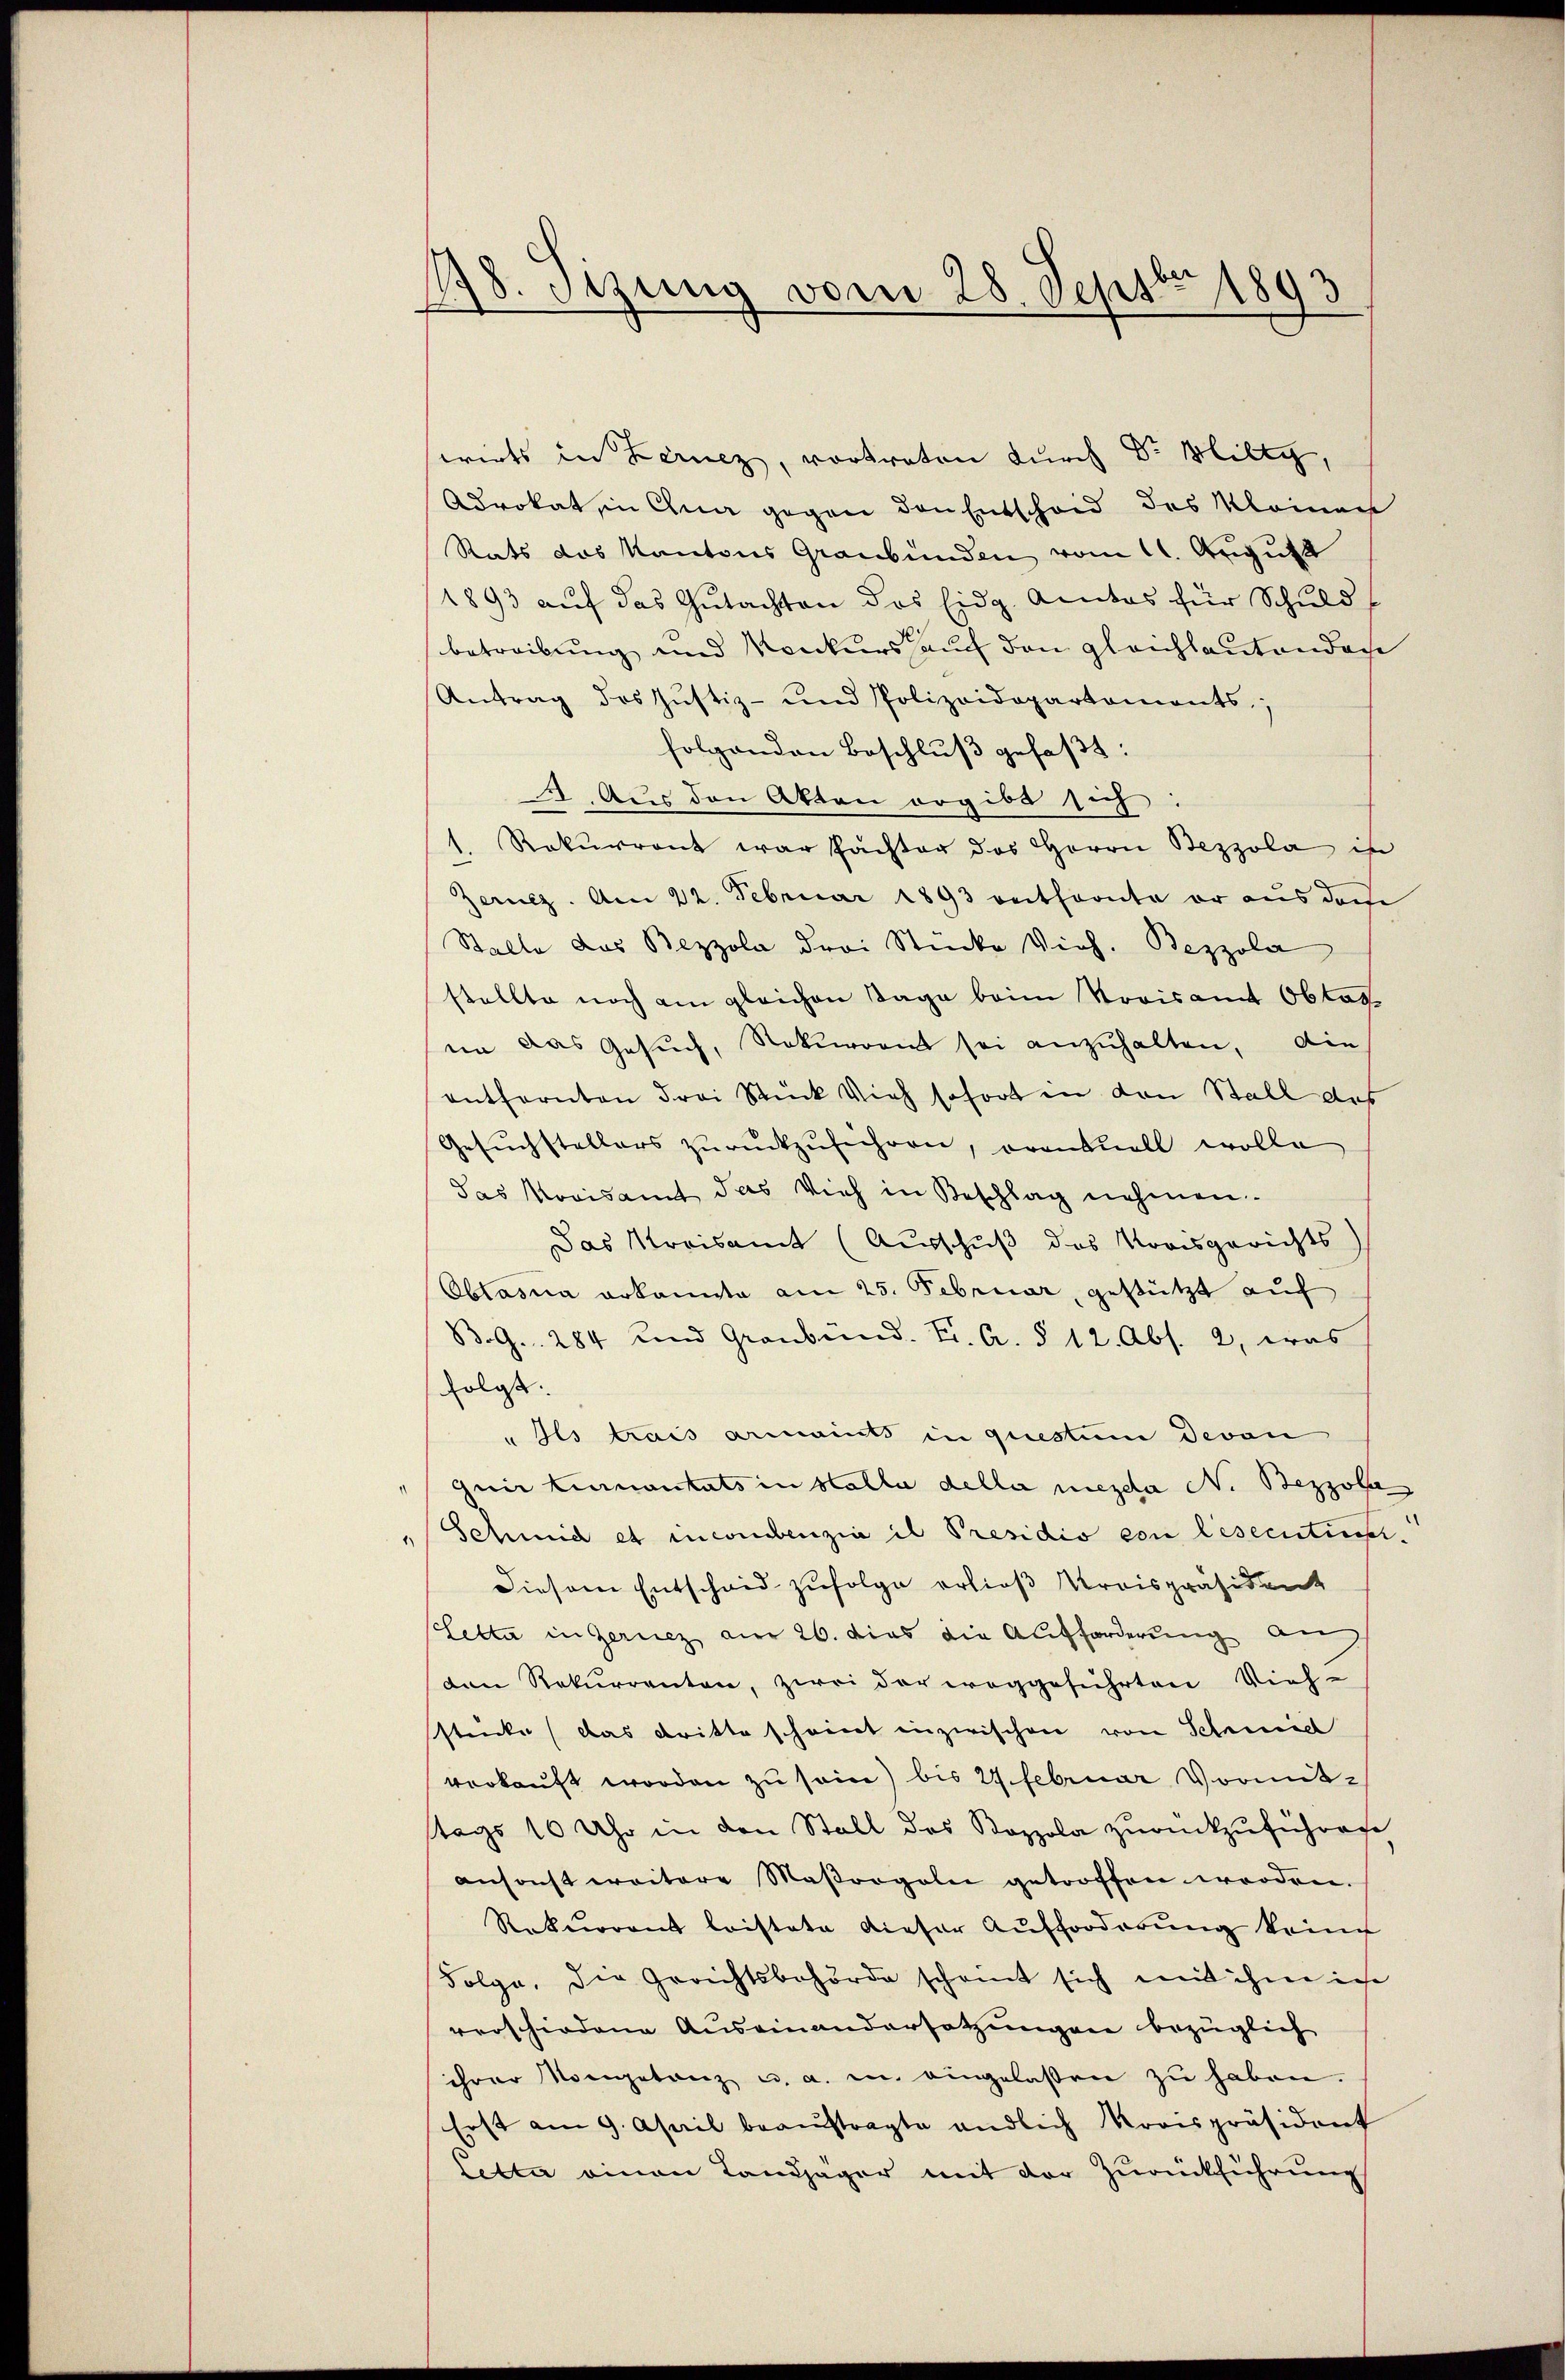
178. Setzung vom 28. Septbr 1893

swirts in Lernez, vortreten durch Dr Hilty,
Advokat in Gna gegen den Entscheid des Kleinen
Rats das Kantons Graubünden vom 11. August
1893 auf das Gutachten des Eidg. Amtes für Schuld
betreibung und Konkurs auf den gleichlautendache
Antrag des Justiz- und Polizeidepartaments;
folgenden Beschluß gefaßt:
2. Aus den Akten ergibt sich:
1. Rekurrent war Pachter das Herrn Bezzola in
Zernz. Am 22. Februar 1893 verthornte er aus der
Stalle das Bezzola drei Stücke Vieh. Bezzola
stellte noch am gleichen Tage beim Vorisamt Obtag
in das Gesuch, Rekurrent sei anzuhalten, die
entfernten drei Stück Vieh sofort in den Stall des
Gesŭchstellers zŭrückzuführen, orantuell wolle
das Kreisamt das Vieh in Beschlag nehmen.
Das Kreisamt (Ausschuß das Korisgerichts
Obtasia erkannte am 25. Februar, gestützt auf
B.G. 284 und Graubünd. Fr. A. § 12. Abs. 2, was
folgt.
"Ils trais armaints in questum Devon
quir turnoutats in Stalla della mezda No. Bezzol
Schmid et incombenzia il Presidio von lesecutini¬
Diesem Entscheid zufolge erließ Kreispräsident
Plette in Gericz am 26. dies die Aufforderung auch
den Rekurrenten, zwei der weggeführten Vieh-
stücke (das dritte scheint inzwischen von Schmidl
verkauft worden zu sein) bis 27. Februar Vormitz
tags 10 Uhr in den Stall des Koppola zurückzuführen
ansonst weitere Maßregeln getroffen worden.
Rekurrent leistete dieser Aufforderŭng kein
Folge, die Gerichtsbehörde scheint sich mit ihm ich
verschiedene Auseinandersetzungen bezüglich
ihrer Morgetanz u. a. in eingelassen zŭ haben.
Erst am 9. April beauftragte endlich Kreispräsident
letter einen Tandjäger mit der Zurückführung